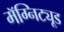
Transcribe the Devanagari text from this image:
मॅग्निट्यूड